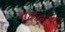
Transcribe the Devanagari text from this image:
वृहद्धर्म